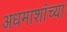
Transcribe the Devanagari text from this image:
अधमाशांच्या